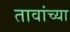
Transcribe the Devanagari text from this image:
तावांच्या